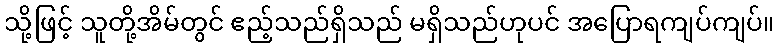
သို့ဖြင့် သူတို့အိမ်တွင် ဧည့်သည်ရှိသည် မရှိသည်ဟုပင် အပြောရကျပ်ကျပ်။